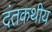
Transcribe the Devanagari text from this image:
दंतकथीय